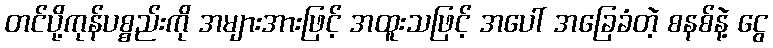
တင်ပို့ကုန်ပစ္စည်းကို အများအားဖြင့် အထူးသဖြင့် အပေါ် အခြေခံတဲ့ စနစ်နဲ့ ငွေ